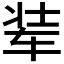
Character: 𮷚